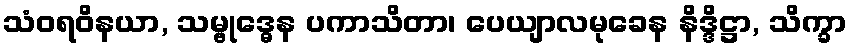
သံဝရဝိနယာ, သမ္ဗုဒ္ဓေန ပကာသိတာ၊ ပေယျာလမုခေန နိဒ္ဒိဋ္ဌာ, သိက္ခာ